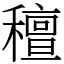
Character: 䆄